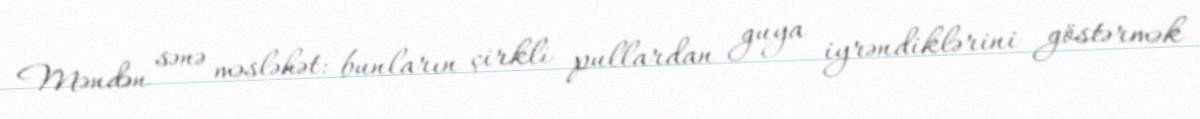
Məndən sənə məsləhət: bunların çirkli pullardan guya iyrəndiklərini göstərmək